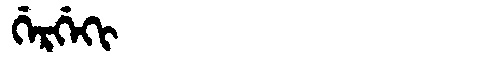
Manchu: ᡤᡝᡵᡤᡝᡴᡳ
Romanization: GERGEKI